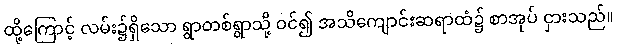
ထို့ကြောင့် လမ်း၌ရှိသော ရွာတစ်ရွာသို့ ဝင်၍ အသိကျောင်းဆရာထံ၌ စာအုပ် ငှားသည်။